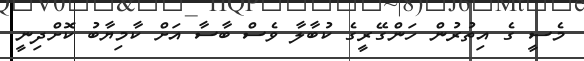
މެސީ ގެ އިތުރުން ހަންގޭރީގެ ކުބާލާ ވެސް ބާސާ އަށް ކާމިޔާބު ކޮށްދިނީ